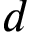
\b { d }